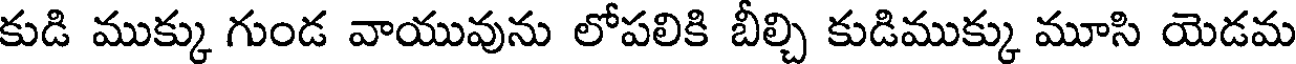
కుడి ముక్కు గుండ వాయువును లోపలికి బీల్చి కుడిముక్కు మూసి యెడమ